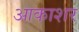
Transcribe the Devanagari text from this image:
आकाशर